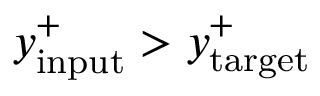
y _ { \mathrm { i n p u t } } ^ { + } > y _ { \mathrm { t a r g e t } } ^ { + }